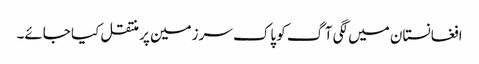
افغانستان میں لگی آگ کو پاک سرزمین پر منتقل کیا جائے۔